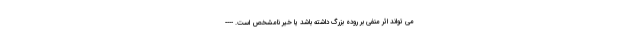
می تواند اثر منفی بر روده بزرگ داشته باشد یا خیر نامشخص است. ----